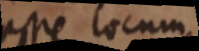
esse locum